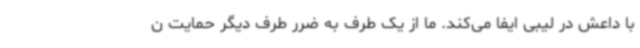
با داعش در لیبی ایفا می‌کند. ما از یک طرف به ضرر طرف دیگر حمایت ن